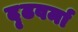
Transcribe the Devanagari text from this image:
दृढवर्मा